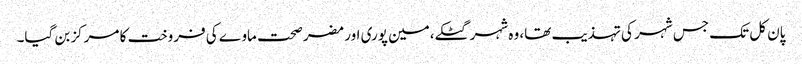
پان کل تک جس شہر کی تہذیب تھا، وہ شہر گٹکے،مین پوری اور مضر صحت ماوے کی فروخت کا مرکز بن گیا۔